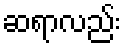
ဆရာလည်း